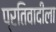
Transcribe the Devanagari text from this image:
प्रतिवादीला